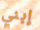
إبني